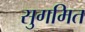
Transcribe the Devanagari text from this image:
सुगमित